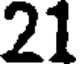
21